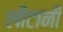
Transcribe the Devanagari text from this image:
लीटानी